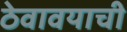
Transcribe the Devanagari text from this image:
ठेवावयाची